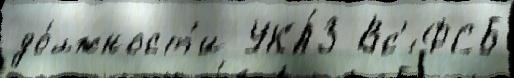
до́лжност'и УКА́З Вс'́ ФСБ